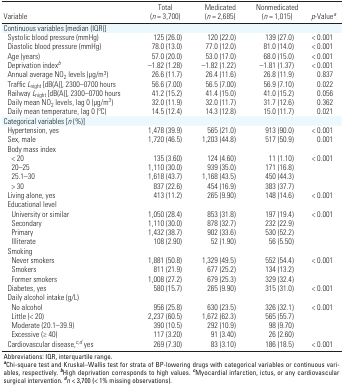
<table><thead><tr><td><b>Variable</b></td><td><b>Total (<i>n </i>= 3,700)</b></td><td><b>Medicated (<i>n </i>= 2,685)</b></td><td><b>Nonmedicated (<i>n </i>= 1,015)</b></td><td><b><i>p</i>-Value<sup><i>a</i></sup></b></td></tr></thead><tbody><tr><td><b>Continuous variables [median (IQR)]</b></td></tr><tr><td><b>Systolic blood pressure (mmHg)</b></td><td>125 (26.0)</td><td>120 (22.0)</td><td>139 (27.0)</td><td>&lt; 0.001</td></tr><tr><td><b>Diastolic blood pressure (mmHg)</b></td><td>78.0 (13.0)</td><td>77.0 (12.0)</td><td>81.0 (14.0)</td><td>&lt; 0.001</td></tr><tr><td><b>Age (years)</b></td><td>57.0 (20.0)</td><td>53.0 (17.0)</td><td>68.0 (15.0)</td><td>&lt; 0.001</td></tr><tr><td><b>Deprivation index<sup><i>b</i></sup></b></td><td>–1.82 (1.28)</td><td>–1.82 (1.22)</td><td>–1.81 (1.37)</td><td>&lt; 0.001</td></tr><tr><td><b>Annual average NO<sub>2</sub> levels (μg/m<sup>3</sup>)</b></td><td>26.6 (11.7)</td><td>26.4 (11.6)</td><td>26.8 (11.9)</td><td>0.837</td></tr><tr><td><b>Traffic <i>L</i><sub>night</sub> [dB(A)], 2300–0700 hours</b></td><td>56.6 (7.00)</td><td>56.5 (7.00)</td><td>56.9 (7.10)</td><td>0.022</td></tr><tr><td><b>Railway <i>L</i><sub>night</sub> [dB(A)], 2300–0700 hours</b></td><td>41.2 (15.2)</td><td>41.4 (15.0)</td><td>41.0 (15.2)</td><td>0.056</td></tr><tr><td><b>Daily mean NO<sub>2</sub> levels, lag 0 (μg/m<sup>3</sup>)</b></td><td>32.0 (11.9)</td><td>32.0 (11.7)</td><td>31.7 (12.6)</td><td>0.362</td></tr><tr><td><b>Daily mean temperature, lag 0 (oC)</b></td><td>14.5 (12.4)</td><td>14.3 (12.8)</td><td>15.0 (11.7)</td><td>0.021</td></tr><tr><td><b>Categorical variables [<i>n</i> (%)]</b></td></tr><tr><td><b>Hypertension, yes</b></td><td>1,478 (39.9)</td><td>565 (21.0)</td><td>913 (90.0)</td><td>&lt; 0.001</td></tr><tr><td><b>Sex, male</b></td><td>1,720 (46.5)</td><td>1,203 (44.8)</td><td>517 (50.9)</td><td>0.001</td></tr><tr><td><b>Body mass index</b></td></tr><tr><td><b>&lt; 20</b></td><td>135 (3.60)</td><td>124 (4.60)</td><td>11 (1.10)</td><td>&lt; 0.001</td></tr><tr><td><b>20–25</b></td><td>1,110 (30.0)</td><td>939 (35.0)</td><td>171 (16.8)</td></tr><tr><td><b>25.1–30</b></td><td>1,618 (43.7)</td><td>1,168 (43.5)</td><td>450 (44.3)</td></tr><tr><td><b>&gt; 30</b></td><td>837 (22.6)</td><td>454 (16.9)</td><td>383 (37.7)</td></tr><tr><td><b>Living alone, yes</b></td><td>413 (11.2)</td><td>265 (9.90)</td><td>148 (14.6)</td><td>&lt; 0.001</td></tr><tr><td><b>Educational level</b></td></tr><tr><td><b>University or similar</b></td><td>1,050 (28.4)</td><td>853 (31.8)</td><td>197 (19.4)</td><td>&lt; 0.001</td></tr><tr><td><b>Secondary</b></td><td>1,110 (30.0)</td><td>878 (32.7)</td><td>232 (22.9)</td></tr><tr><td><b>Primary</b></td><td>1,432 (38.7)</td><td>902 (33.6)</td><td>530 (52.2)</td></tr><tr><td><b>Illiterate</b></td><td>108 (2.90)</td><td>52 (1.90)</td><td>56 (5.50)</td></tr><tr><td><b>Smoking</b></td></tr><tr><td><b>Never smokers</b></td><td>1,881 (50.8)</td><td>1,329 (49.5)</td><td>552 (54.4)</td><td>&lt; 0.001</td></tr><tr><td><b>Smokers</b></td><td>811 (21.9)</td><td>677 (25.2)</td><td>134 (13.2)</td></tr><tr><td><b>Former smokers</b></td><td>1,008 (27.2)</td><td>679 (25.3)</td><td>329 (32.4)</td></tr><tr><td><b>Diabetes, yes</b></td><td>580 (15.7)</td><td>265 (9.90)</td><td>315 (31.0)</td><td>&lt; 0.001</td></tr><tr><td><b>Daily alcohol intake (g/L)</b></td></tr><tr><td><b>No alcohol</b></td><td>956 (25.8)</td><td>630 (23.5)</td><td>326 (32.1)</td><td>&lt; 0.001</td></tr><tr><td><b>Little (&lt; 20)</b></td><td>2,237 (60.5)</td><td>1,672 (62.3)</td><td>565 (55.7)</td></tr><tr><td><b>Moderate (20.1–39.9)</b></td><td>390 (10.5)</td><td>292 (10.9)</td><td>98 (9.70)</td></tr><tr><td><b>Excessive (≥ 40)</b></td><td>117 (3.20)</td><td>91 (3.40)</td><td>26 (2.60)</td></tr><tr><td><b>Cardiovascular disease,<sup><i>c,d</i></sup> yes</b></td><td>269 (7.30)</td><td>83 (3.10)</td><td>186 (18.5)</td><td>&lt; 0.001</td></tr><tr><td colspan="5">Abbreviations: IQR, interquartile range. <sup><i><b>a</b></i></sup>Chi-square test and Kruskal–Wallis test for strata of BP-lowering drugs with categorical variables or continuous variables, respectively. <sup><i><b>b</b></i></sup>High deprivation corresponds to high values. <sup><i><b>c</b></i></sup>Myocardial infarction, ictus, or any cardiovascular surgical intervention. <sup><i><b>d</b></i></sup><i>n</i> &lt; 3,700 (&lt; 1% missing observations).</td></tr></tbody></table>